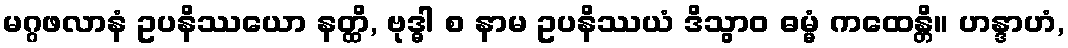
မဂ္ဂဖလာနံ ဥပနိဿယော နတ္ထိ, ဗုဒ္ဓါ စ နာမ ဥပနိဿယံ ဒိသွာဝ ဓမ္မံ ကထေန္တိ။ ဟန္ဒာဟံ,